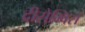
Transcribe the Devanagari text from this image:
दीसेम्विर्स